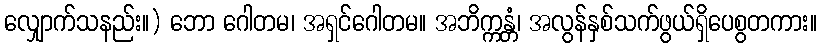
လျှောက်သနည်း။) ဘော ဂေါတမ၊ အရှင်ဂေါတမ။ အဘိက္ကန္တံ၊ အလွန်နှစ်သက်ဖွယ်ရှိပေစွတကား။